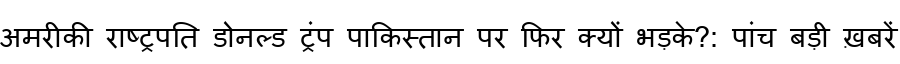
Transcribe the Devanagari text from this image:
अमरीकी राष्ट्रपति डोनल्ड ट्रंप पाकिस्तान पर फिर क्यों भड़के?: पांच बड़ी ख़बरें